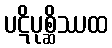
ပဋိပုစ္ဆိဿထ